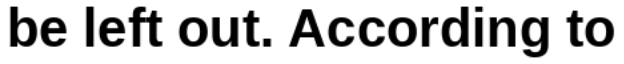
be left out. According to